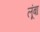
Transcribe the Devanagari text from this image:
लूंबा